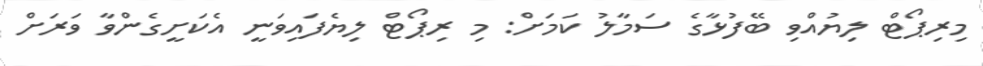
މިރިޕޯޓް ލިޔުއްވި ބޭފުޅާގެ ސަމާލު ކަމަށް: މި ރިޕޯޓް ލިޔެފައިވަނީ އެކަށީގެންވާ ވަރަށް